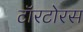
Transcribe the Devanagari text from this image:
टॉरटोरस